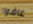
عاشوا